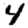
Digit: 4